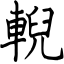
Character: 輗